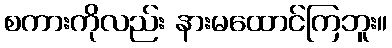
စကားကိုလည်း နားမထောင်ကြဘူး။